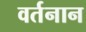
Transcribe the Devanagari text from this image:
वर्तनान